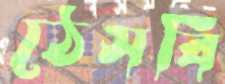
ঠেসবি